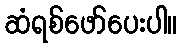
ဆံရစ်ဖော်ပေးပါ။